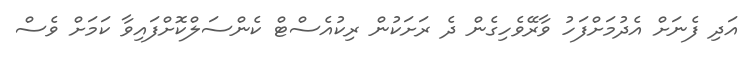
އަދި ފެނަށް އެދުމަށްފަހު ވާރޭވެހިގެން ދެ ރަށަކުން ރިކުއެސްޓް ކެންސަލްކޮށްފައިވާ ކަމަށް ވެސް